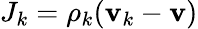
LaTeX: J_{k}=\rho_{k}(\mathbf{v}_{k}-\mathbf{v})